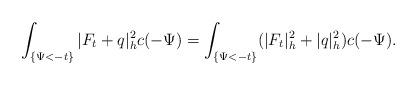
LaTeX: \begin{align*}\int_{\{\Psi<-t\}}|F_t+q|^2_hc(-\Psi)=\int_{\{\Psi<-t\}}(|F_t|^2_h+|q|^2_h)c(-\Psi).\end{align*}